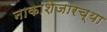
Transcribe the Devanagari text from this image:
नाकाशेजारच्या